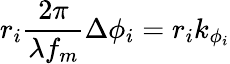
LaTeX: r_{i}\frac{2\pi}{\lambda{f_{m}}}\Delta{\phi}_{i}=r_{i}k_{\phi_{i}}